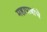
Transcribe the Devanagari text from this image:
महापात्रांचे